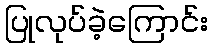
ပြုလုပ်ခဲ့ကြောင်း